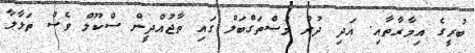
ބުރީގެ އިމާރާތާއި. އަދި ދުރު މުސްތަގްބަލް ގައި ތާޖުއްދީން ސްކޫލް ވެސް ތަޅާލާ